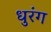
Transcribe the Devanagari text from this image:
धुरंग